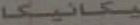
يكانيكا